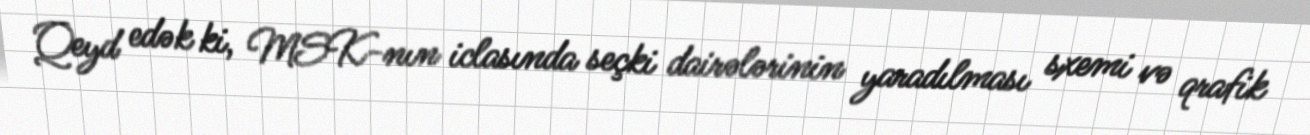
Qeyd edək ki, MSK-nın iclasında seçki dairələrinin yaradılması sxemi və qrafik